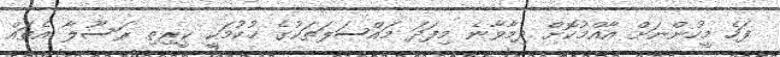
ފަހެ މީހުންނަށް އާއްމުކޮށް ދިމާވާނެ މިފަދަ މައްސަލަތަކުގެ ޙުކުމަކީ ކީރިތި ރަސޫލާ އެތައް